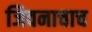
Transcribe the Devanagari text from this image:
जिवनाचाच